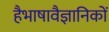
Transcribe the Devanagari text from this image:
हैभाषावैज्ञानिकों